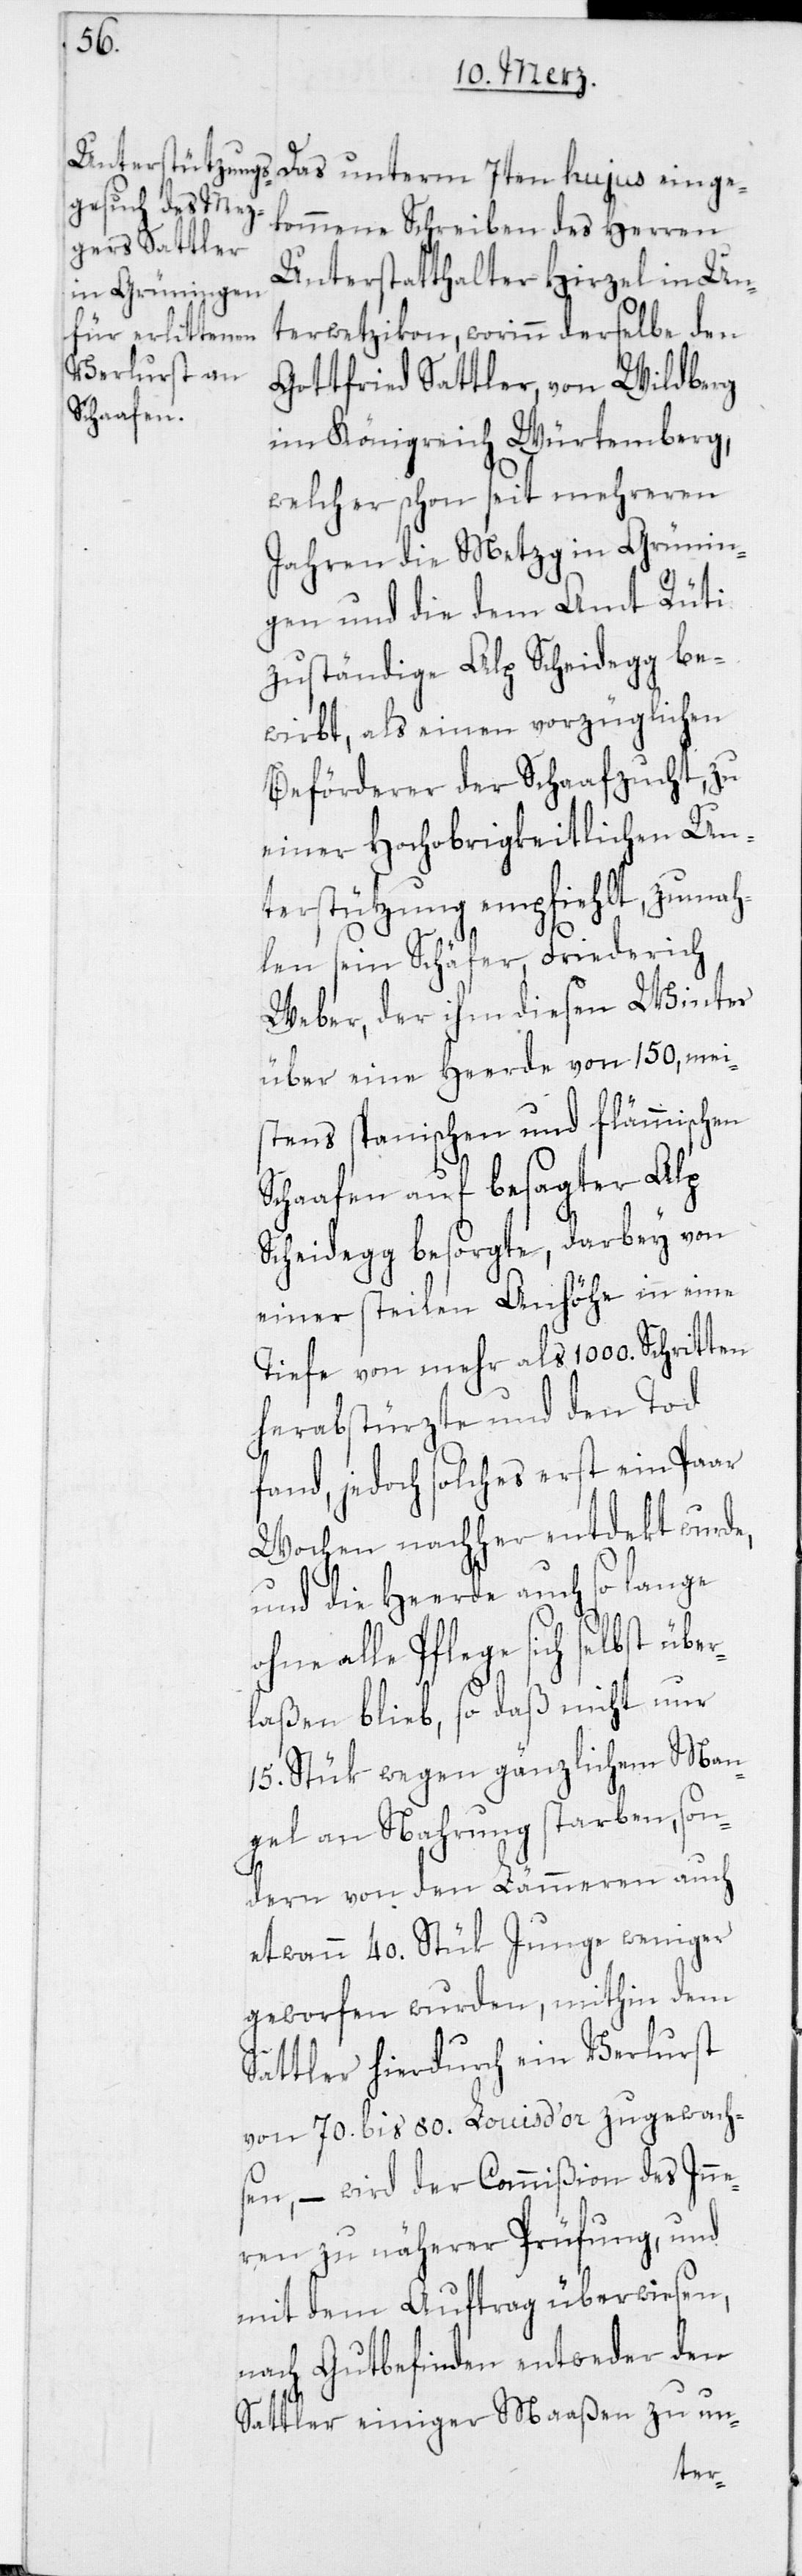
Das unterm 7ten hujus einge¬
kommene Schreiben des Herren
Unterstatthalter Hirzel in Un¬
terwetzikon, worinn derselbe den
Gottfried Sattler, von Wildberg
im Königreich Würtemberg,
welcher schon seit mehreren
Jahren die Metzg in Grünin¬
gen und die dem Amt Rüti
zuständige Alp Scheidegg be¬
wirbt, als einen vorzüglichen
Beförderer der Schaafzucht, zu
einer Hochobrigkeitlichen Un¬
terstützung empfiehlt, zumah¬
len sein Schäfer, Friederich
Weber, der ihm diesen Winter
über eine Herde von 150, meis¬
tens spanischen und flämmischen
Schaafen auf besagter Alp
Scheidegg besorgte, darbey von
einer stheilen Anhöhe in eine
Tiefe von mehr als 1000. Schritten
herabstürzte und den Tod
fand, jedoch solches erst ein Paar
Wochen nachher entdekt wurde,
und die Heerde auch so lange
alle Pflege sich selbst übe¬
rlaßen blieb, so daß nicht nur
15. Stük wegen gänzlichem Man¬
gel an Nahrung starben, son¬
dern von den Lämmeren auch
etwann 40. Stük Junge weniger
geworfen wurden, mithin dem
Sattler hierdurch ein Verlurst
von 70. bis 80. Louis d‘ or zugewach¬
sen, – wird der Commißion des Inne¬
ren zu näherer Prüfung, und
mit dem Auftrag überwiesen,
nach Gutbefinden entweder den
Sattler einiger Maaßen zu un-